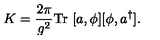
K = \frac { 2 \pi } { g ^ { 2 } } \mathrm { T r } \ [ a , \phi ] [ \phi , a ^ { \dagger } ] .